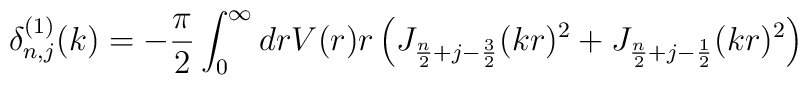
\delta^{(1)}_{n,j}(k) = -\frac{\pi}{2} \int_0^\infty dr V(r) r\left(J_{\frac{n}{2} + j - \frac{3}{2}}(kr)^2 +J_{\frac{n}{2} + j - \frac{1}{2}}(kr)^2 \right)